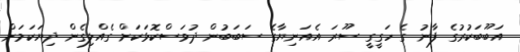
އަބޫބަކުރުގެ ފާނު ގެ ހަގީގީ ސޫރަ އެއަނިޔާގެ ސަބަބުން ދުވަސްކޮޅަކަށް ގެއްލިގެން ދިޔަކަމަށް